Plague in India, 1896, 1897 - Volume 1
Year: 1896
Disease focus: Plague
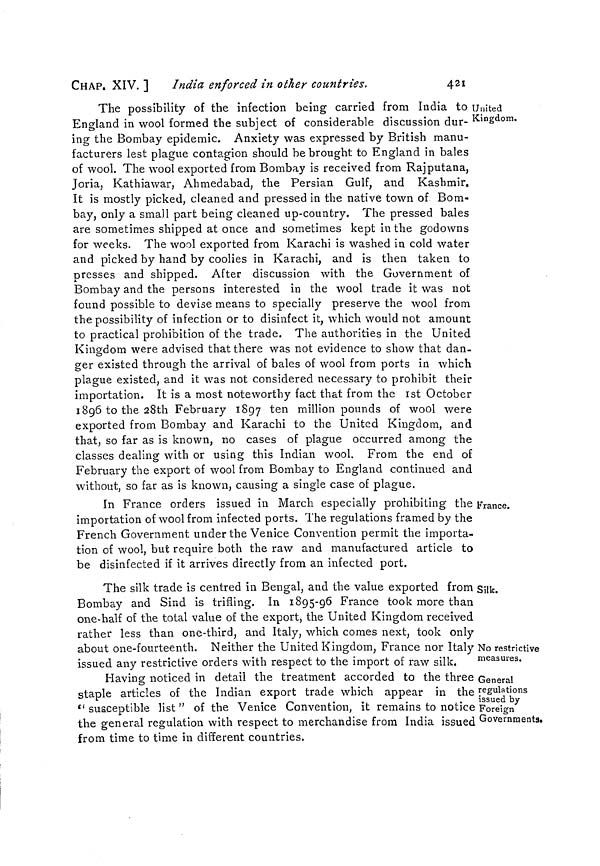
CHAP. XIV. ]
India enforced in other countries.
421
United
Kingdom.
The possibility of the infection being carried from India to
England in wool formed the subject of considerable discussion dur-
ing the Bombay epidemic. Anxiety was expressed by British manu-
facturers lest plague contagion should be brought to England in bales
of wool. The wool exported from Bombay is received from Raj putaña,
Joria, Kathiawar, Ahmedabad, the Persian Gulf, and Kashmir.
It is mostly picked, cleaned and pressed in the native town of Bom-
bay, only a small part being cleaned up-country. The pressed bales
are sometimes shipped at once and sometimes kept in the godowns
for weeks. The wool exported from Karachi is washed in cold water
and picked by hand by coolies in Karachi, and is then taken to
presses and shipped. After discussion with the Government of
Bombay and the persons interested in the wool trade it was not
found possible to devise means to specially preserve the wool from
the possibility of infection or to disinfect it, which would not amount
to practical prohibition of the trade. The authorities in the United
Kingdom were advised that there was not evidence to show that dan-
ger existed through the arrival of bales of wool from ports in which
plague existed, and it was not considered necessary to prohibit their
importation. It is a most noteworthy fact that from the 1st October
1896 to the 28th February 1897 ten million pounds of wool were
exported from Bombay and Karachi to the United Kingdom, and
that, so far as is known, no cases of plague occurred among the
classes dealing with or using this Indian wool. From the end of
February the export of wool from Bombay to England continued and
without, so far as is known, causing a single case of plague.
France.
In France orders issued in March especially prohibiting the
importation of wool from infected ports. The regulations framed by the
French Government under the Venice Convention permit the importa-
tion of wool, but require both the raw and manufactured article to
be disinfected if it arrives directly from an infected port.
Silk.
The silk trade is centred in Bengal, and the value exported from
Bombay and Sind is trifling. In 1895-96 France took more than
one-half of the total value of the export, the United Kingdom received
rather less than one-third, and Italy, which comes next, took only
No restrictive
measures.
about one-fourteenth. Neither the United Kingdom, France nor Italy
issued any restrictive orders with respect to the import of raw silk.
General
regulations
issued by
Foreign
Governments.
Having noticed in detail the treatment accorded to the three
staple articles of the Indian export trade which appear in the
" susceptible list " of the Venice Convention, it remains to notice
the general regulation with respect to merchandise from India issued
from time to time in different countries.